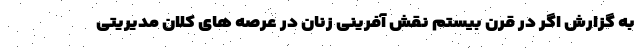
به گزارش اگر در قرن بیستم نقش آفرینی زنان در عرصه های کلان مدیریتی